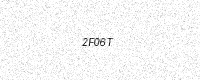
Text: 2F06T